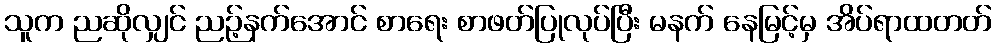
သူက ညဆိုလျှင် ညဉ့်နက်အောင် စာရေး စာဖတ်ပြုလုပ်ပြီး မနက် နေမြင့်မှ အိပ်ရာထတတ်